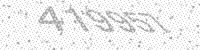
Solution: 419957